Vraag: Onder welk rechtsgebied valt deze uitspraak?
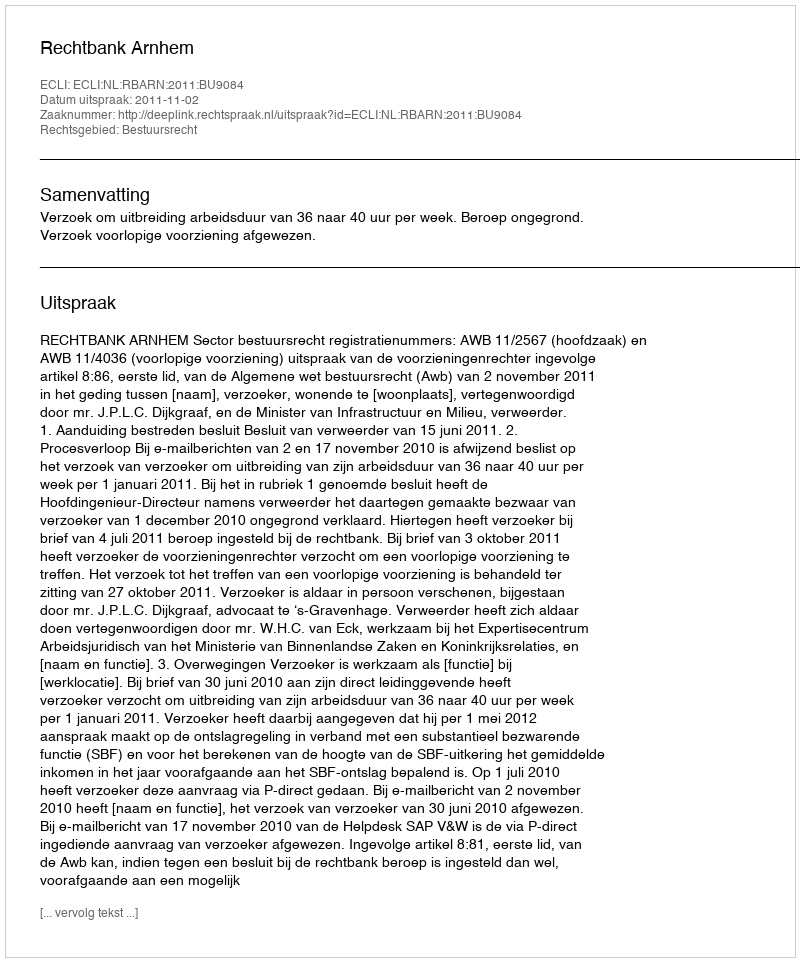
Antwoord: Bestuursrecht